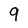
Character: 9